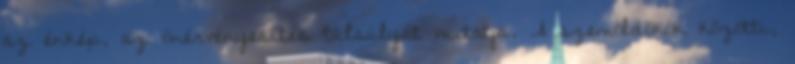
az énkép, az önérvényesítés túlsúlyát mutatja. A szemöldökök közötti,